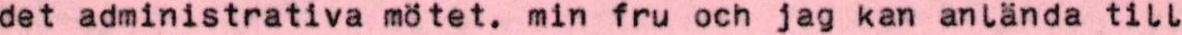
det administrativa mötet. min fru och jag kan anlända till